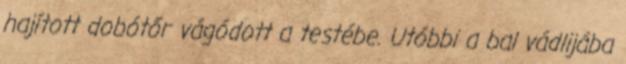
hajított dobótőr vágódott a testébe. Utóbbi a bal vádlijába